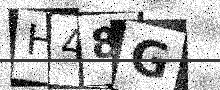
Text: H48G